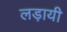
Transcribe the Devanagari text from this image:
लड़ायी